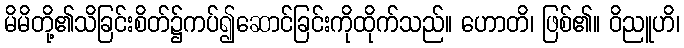
မိမိတို့၏သိခြင်းစိတ်၌ကပ်၍ဆောင်ခြင်းကိုထိုက်သည်။ ဟောတိ၊ ဖြစ်၏။ ဝိညူဟိ၊